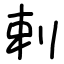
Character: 剌